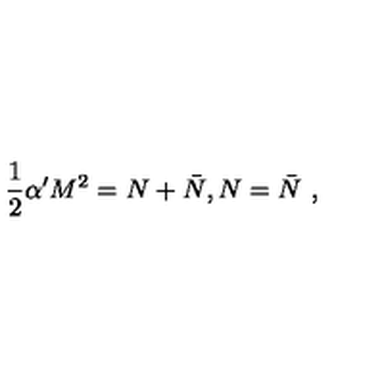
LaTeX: \frac { 1 } { 2 } \alpha ^ { \prime } M ^ { 2 } = N + \bar { N } , N = \bar { N } \ ,